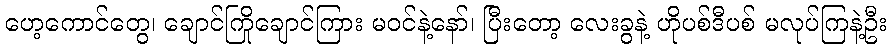
ဟေ့ကောင်တွေ၊ ချောင်ကြိုချောင်ကြား မဝင်နဲ့နော်၊ ပြီးတော့ လေးခွနဲ့ ဟိုပစ်ဒီပစ် မလုပ်ကြနဲ့ဦး